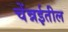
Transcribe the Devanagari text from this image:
चेंन्नईतील